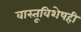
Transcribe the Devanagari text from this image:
वास्तूविशेषही